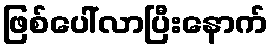
ဖြစ်ပေါ်လာပြီးနောက်